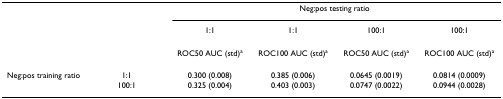
<table><thead><tr><td></td><td></td><td colspan="4"><b>Neg:pos testing ratio</b></td></tr><tr><td></td><td></td><td><b>1:1</b></td><td><b>1:1</b></td><td><b>100:1</b></td><td><b>100:1</b></td></tr><tr><td></td><td></td><td><b>ROC50 AUC (std)<sup>a</sup></b></td><td><b>ROC100 AUC (std)<sup>a</sup></b></td><td><b>ROC50 AUC (std)<sup>a</sup></b></td><td><b>ROC100 AUC (std)<sup>a</sup></b></td></tr></thead><tbody><tr><td>Neg:pos training ratio</td><td>1:1</td><td>0.300 (0.008)</td><td>0.385 (0.006)</td><td>0.0645 (0.0019)</td><td>0.0814 (0.0009)</td></tr><tr><td></td><td>100:1</td><td>0.325 (0.004)</td><td>0.403 (0.003)</td><td>0.0747 (0.0022)</td><td>0.0944 (0.0028)</td></tr></tbody></table>